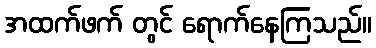
အထက်ဖက် တွင် ရောက်နေကြသည်။